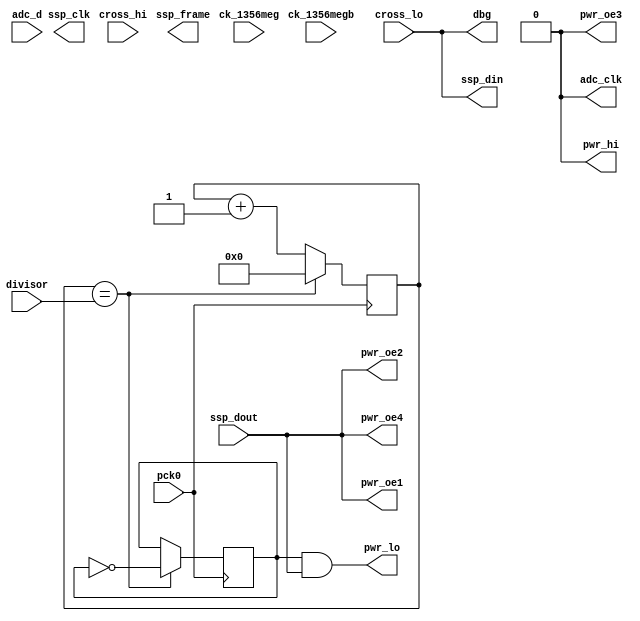
module lo_passthru(
    pck0, ck_1356meg, ck_1356megb,
    pwr_lo, pwr_hi, pwr_oe1, pwr_oe2, pwr_oe3, pwr_oe4,
    adc_d, adc_clk,
    ssp_frame, ssp_din, ssp_dout, ssp_clk,
    cross_hi, cross_lo,
    dbg, divisor
);
    input pck0, ck_1356meg, ck_1356megb;
    output pwr_lo, pwr_hi, pwr_oe1, pwr_oe2, pwr_oe3, pwr_oe4;
    input [7:0] adc_d;
    output adc_clk;
    input ssp_dout;
    output ssp_frame, ssp_din, ssp_clk;
    input cross_hi, cross_lo;
    output dbg;
    input [7:0] divisor;

reg [7:0] pck_divider;
reg ant_lo;

// this task runs on the rising egde of pck0 clock (24Mhz) and creates ant_lo
// which is high for (divisor+1) pck0 cycles and low for the same duration
// ant_lo is therefore a 50% duty cycle clock signal with a frequency of
// 12Mhz/(divisor+1) which drives the antenna as well as the ADC clock adc_clk
always @(posedge pck0)
begin
	if(pck_divider == divisor[7:0])
		begin
			pck_divider <= 8'd0;
			ant_lo = !ant_lo;
		end
	else
	begin
		pck_divider <= pck_divider + 1;
	end
end

// the antenna is modulated when ssp_dout = 1, when 0 the
// antenna drivers stop modulating and go into listen mode
assign pwr_oe3 = 1'b0;
assign pwr_oe1 = ssp_dout;
assign pwr_oe2 = ssp_dout;
assign pwr_oe4 = ssp_dout;
assign pwr_lo = ant_lo && ssp_dout;
assign pwr_hi = 1'b0;
assign adc_clk = 1'b0;
assign ssp_din = cross_lo;
assign dbg = cross_lo;

endmodule